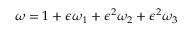
\omega = 1 + \epsilon \omega _ { 1 } + \epsilon ^ { 2 } \omega _ { 2 } + \epsilon ^ { 2 } \omega _ { 3 }